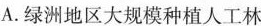
A.绿洲地区大规模种植人工林